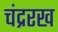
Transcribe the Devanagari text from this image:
चंद्ररख